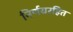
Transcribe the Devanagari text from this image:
निर्णयरहित